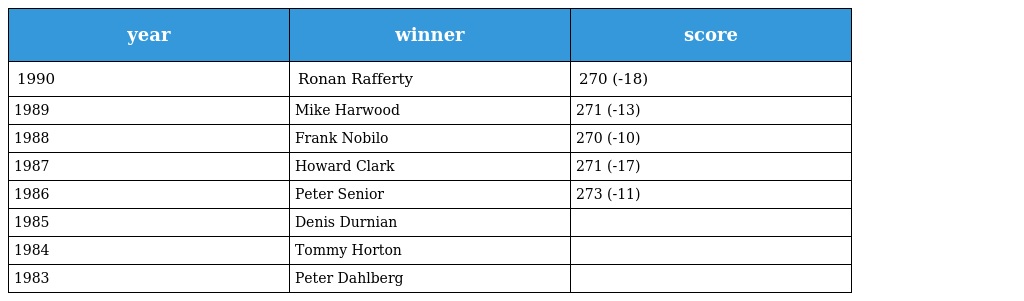
| year | winner | score |
 | --- | --- | --- |
 | 1990 | Ronan Rafferty | 270 (-18) |
 | 1989 | Mike Harwood | 271 (-13) |
 | 1988 | Frank Nobilo | 270 (-10) |
 | 1987 | Howard Clark | 271 (-17) |
 | 1986 | Peter Senior | 273 (-11) |
 | 1985 | Denis Durnian |  |
 | 1984 | Tommy Horton |  |
 | 1983 | Peter Dahlberg |  |